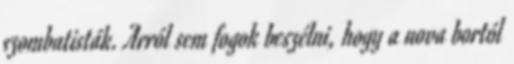
szombatisták. Arról sem fogok beszélni, hogy a nova bortól